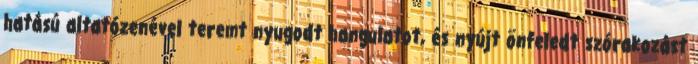
hatású altatózenével teremt nyugodt hangulatot, és nyújt önfeledt szórakozást